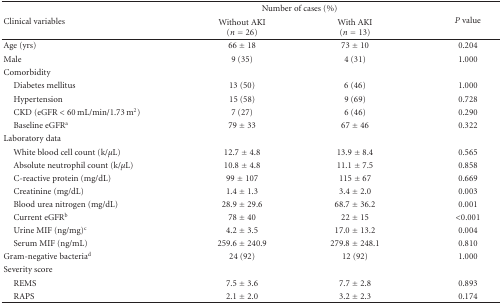
<table><thead><tr><td rowspan="2"><b>Clinical variables</b></td><td colspan="2"><b>Number of cases (%)</b></td><td><b> </b></td></tr><tr><td><b>Without AKI (<i>n</i> = 26)</b></td><td><b>With AKI (<i>n</i> = 13)</b></td><td><b><i>P</i> value</b></td></tr></thead><tbody><tr><td>Age (yrs)</td><td>66 ± 18</td><td>73 ± 10</td><td>0.204</td></tr><tr><td>Male</td><td>9 (35)</td><td>4 (31)</td><td>1.000</td></tr><tr><td>Comorbidity</td><td> </td><td> </td><td> </td></tr><tr><td> Diabetes mellitus</td><td>13 (50)</td><td>6 (46)</td><td>1.000</td></tr><tr><td> Hypertension</td><td>15 (58)</td><td>9 (69)</td><td>0.728</td></tr><tr><td> CKD (eGFR &lt; 60 mL/min/1.73 m<sup>2</sup>)</td><td>7 (27)</td><td>6 (46)</td><td>0.290</td></tr><tr><td> Baseline eGFR<sup>a</sup></td><td>79 ± 33</td><td>67 ± 46</td><td>0.322</td></tr><tr><td>Laboratory data</td><td> </td><td> </td><td> </td></tr><tr><td> White blood cell count (k/<i>μ</i>L)</td><td>12.7 ± 4.8</td><td>13.9 ± 8.4</td><td>0.565</td></tr><tr><td> Absolute neutrophil count (k/<i>μ</i>L)</td><td>10.8 ± 4.8</td><td>11.1 ± 7.5</td><td>0.858</td></tr><tr><td> C-reactive protein (mg/dL)</td><td>99 ± 107</td><td>115 ± 67</td><td>0.669</td></tr><tr><td> Creatinine (mg/dL)</td><td>1.4 ± 1.3</td><td>3.4 ± 2.0</td><td>0.003</td></tr><tr><td> Blood urea nitrogen (mg/dL)</td><td>28.9 ± 29.6</td><td>68.7 ± 36.2</td><td>0.001</td></tr><tr><td> Current eGFR<sup>b</sup></td><td>78 ± 40</td><td>22 ± 15</td><td>&lt;0.001</td></tr><tr><td> Urine MIF (ng/mg)<sup>c</sup></td><td>4.2 ± 3.5</td><td>17.0 ± 13.2</td><td>0.004</td></tr><tr><td> Serum MIF (ng/mL)</td><td>259.6 ± 240.9</td><td>279.8 ± 248.1</td><td>0.810</td></tr><tr><td>Gram-negative bacteria<sup>d</sup></td><td>24 (92)</td><td>12 (92)</td><td>1.000</td></tr><tr><td>Severity score</td><td> </td><td> </td><td> </td></tr><tr><td> REMS</td><td>7.5 ± 3.6</td><td>7.7 ± 2.8</td><td>0.893</td></tr><tr><td> RAPS</td><td>2.1 ± 2.0</td><td>3.2 ± 2.3</td><td>0.174</td></tr></tbody></table>